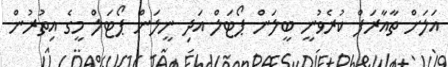
އަލަށް ތާއާރަފް ކުރެވުނީ ބީލަން ޕޯޓަލް އަދި ނީލަން ޕޯޓަލް މީގެ އިތުރުން